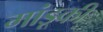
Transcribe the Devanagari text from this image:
मांडूकी